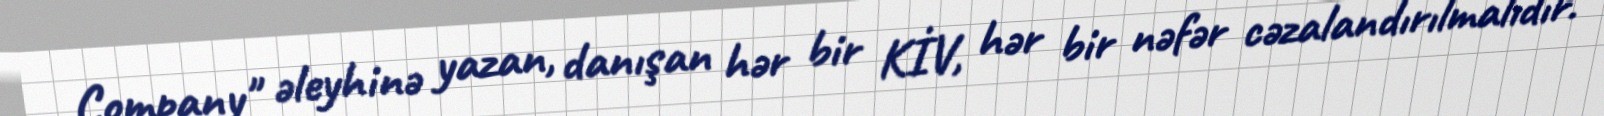
Company" əleyhinə yazan, danışan hər bir KİV, hər bir nəfər cəzalandırılmalıdır.